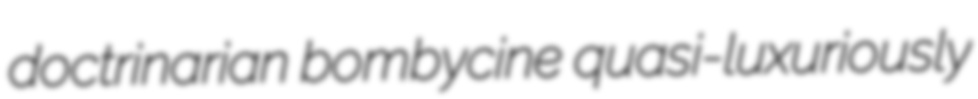
doctrinarian bombycine quasi-luxuriously